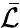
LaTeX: \bar{\mathcal L}